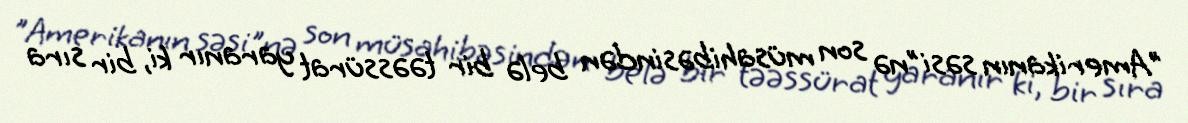
”Amerikanın səsi"nə son müsahibəsindən belə bir təəssürat yaranır ki, bir sıra